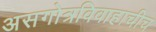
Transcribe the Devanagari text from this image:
असगोत्रविवाहाचीच